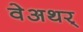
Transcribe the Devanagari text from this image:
वेअथर्